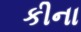
કીના